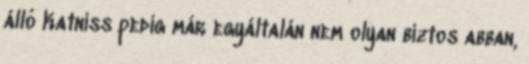
álló Katniss pedig már egyáltalán nem olyan biztos abban,